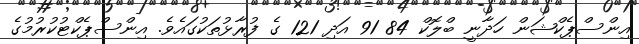
އިންސްޕެކްޝަން ހަދާނީ ބްލޮކް 84 91 އަދި 121 ގެ ފުރާޅުތަކުގައެވެ. އިންސްޕެކްޓުކުރުމުގެ